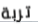
تربة